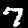
Digit: 7